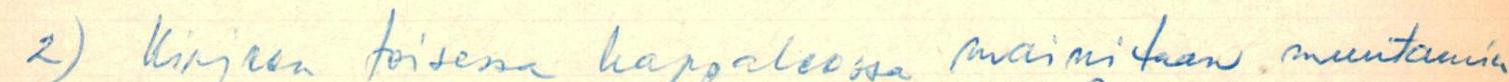
2) Kirjeen toisessa kappaleessa mainitaan muutamia